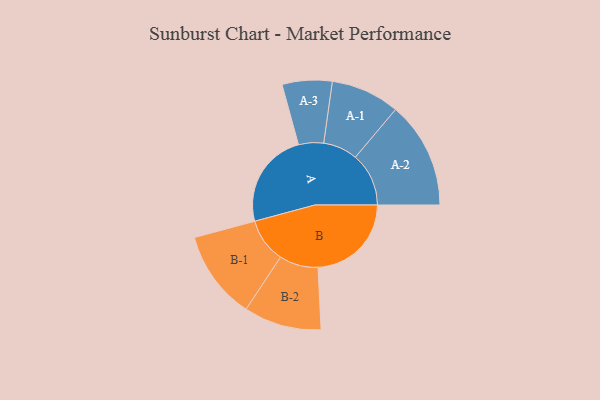
{"axis": {"x": "Segment", "y": "Value"}, "legend": ["", "A", "B"], "data": [{"x": "A", "y": 416, "type": ""}, {"x": "B", "y": 404, "type": ""}, {"x": "A-1", "y": 149, "type": "A"}, {"x": "A-2", "y": 231, "type": "A"}, {"x": "A-3", "y": 108, "type": "A"}, {"x": "B-1", "y": 192, "type": "B"}, {"x": "B-2", "y": 168, "type": "B"}]}